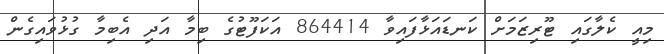
މިއީ ކެލާގައި ޓޫރިޒަމަށް ކަނޑައަޅާފައިވާ 864414 އަކަފޫޓުގެ ބިމާ އަދި އެބިމާ ގުޅުވައިގެން